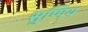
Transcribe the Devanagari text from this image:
सुप्पिय